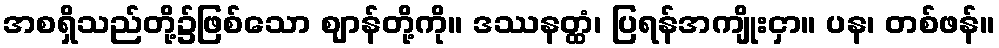
အစရှိသည်တို့၌ဖြစ်သော ဈာန်တို့ကို။ ဒဿနတ္ထံ၊ ပြရန်အကျိုးငှာ။ ပန၊ တစ်ဖန်။